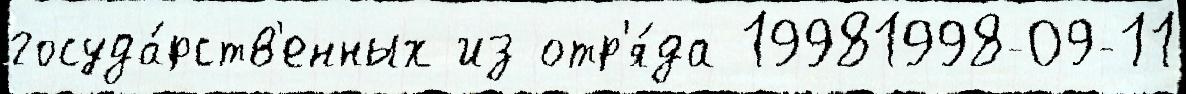
госуда́рств'енных из отр'я́да 19981998-09-11